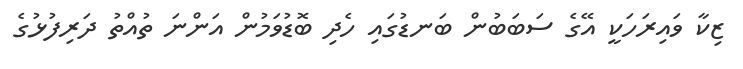
ޒިކާ ވައިރަހަކީ އޭގެ ސަބަބުން ބަނޑުގައި ހެދި ބޮޑުވަމުން އަންނަ ތުއްތު ދަރިފުޅުގެ